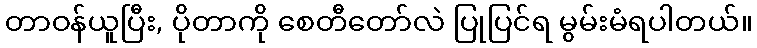
တာဝန်ယူပြီး, ပိုတာကို စေတီတော်လဲ ပြုပြင်ရ မွမ်းမံရပါတယ်။